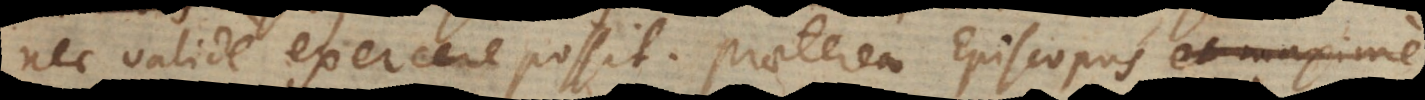
nec valide exercere possit. Praeterea Episcopus et maxime